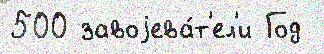
500 завоjева́т'ел'и Год